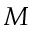
{ \cal M }